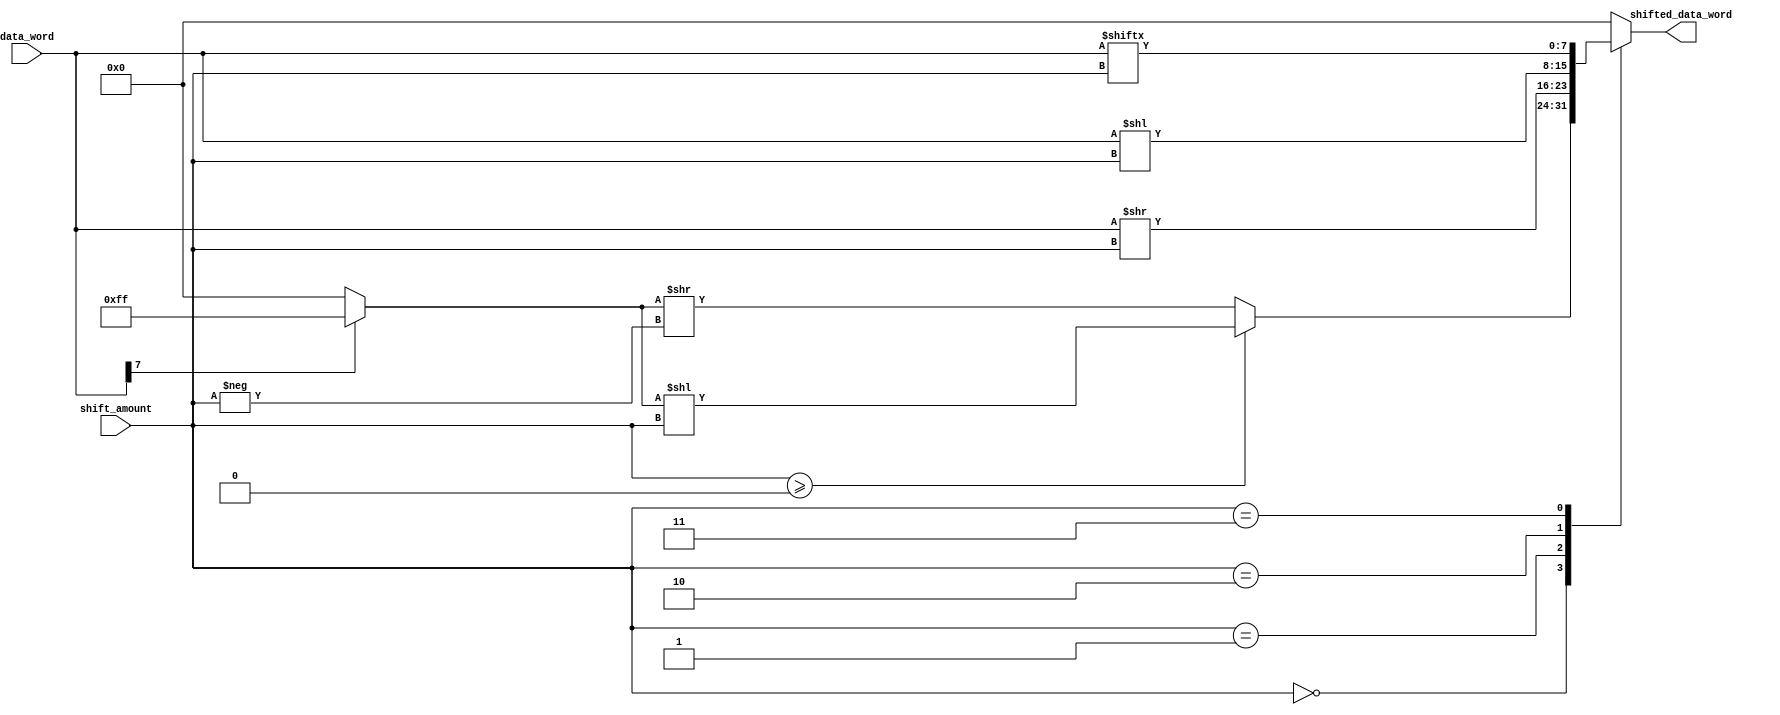
module barrel_shifter(
    input [7:0] data_word,
    input [3:0] shift_amount,
    output reg [7:0] shifted_data_word
);

// Define arithmetic blocks for different shift operations
reg [7:0] left_shifted_data;
reg [7:0] right_shifted_data;
reg [7:0] circular_shifted_data;
reg [7:0] logical_shifted_data;

// Perform left shift operation
always @*
begin
    left_shifted_data = data_word << shift_amount;
end

// Perform right shift operation
always @*
begin
    right_shifted_data = data_word >> shift_amount;
end

// Perform circular shift operation
always @*
begin
    circular_shifted_data = {data_word[shift_amount-1:0], data_word[7:shift_amount]};
end

// Perform logical shift operation
always @*
begin
    logical_shifted_data = (data_word[7] == 1) ? {8{1'b1}} : {8{1'b0}}; // Fill with 1's if left shifting
    logical_shifted_data = (shift_amount >= 0) ? (logical_shifted_data << shift_amount) : (logical_shifted_data >> -shift_amount); // Perform left or right shift
end

// Combine all shifted data words based on shift amount
always @*
begin
    case(shift_amount)
        4'b0000: shifted_data_word = logical_shifted_data;
        4'b0001: shifted_data_word = right_shifted_data;
        4'b0010: shifted_data_word = left_shifted_data;
        4'b0011: shifted_data_word = circular_shifted_data;
        // Add more cases for different shift amounts
        default: shifted_data_word = 8'b0; // No shift
    endcase
end

endmodule